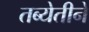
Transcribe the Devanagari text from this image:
तब्येतीने